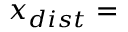
x _ { d i s t } =